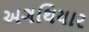
અગથિયાર